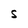
Character: S